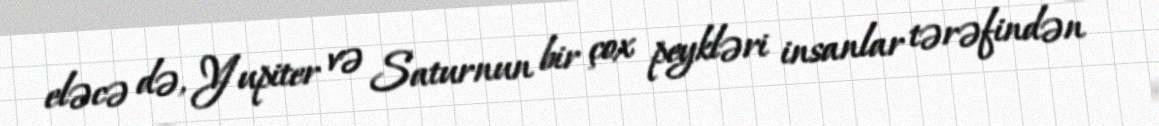
eləcə də, Yupiter və Saturnun bir çox peykləri insanlar tərəfindən